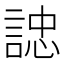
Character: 䛱